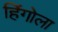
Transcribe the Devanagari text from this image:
हिंगोला